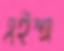
এইম্স